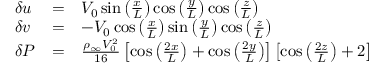
\begin{array} { r } { \begin{array} { l l l } { \delta u } & { = } & { V _ { 0 } \sin \left( \frac { x } { L } \right) \cos \left( \frac { y } { L } \right) \cos \left( \frac { z } { L } \right) } \\ { \delta v } & { = } & { - V _ { 0 } \cos \left( \frac { x } { L } \right) \sin \left( \frac { y } { L } \right) \cos \left( \frac { z } { L } \right) } \\ { \delta P } & { = } & { \frac { \rho _ { \infty } V _ { 0 } ^ { 2 } } { 1 6 } \left[ \cos \left( \frac { 2 x } { L } \right) + \cos \left( \frac { 2 y } { L } \right) \right] \left[ \cos \left( \frac { 2 z } { L } \right) + 2 \right] } \end{array} } \end{array}